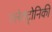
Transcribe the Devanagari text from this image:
एलेक्ट्रोनिकी